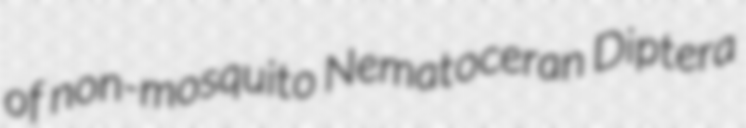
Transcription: of non-mosquito Nematoceran Diptera